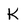
Character: K